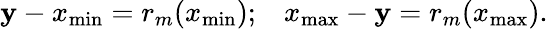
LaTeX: \mathbf{y}-x_{\operatorname*{min}}=r_{m}(x_{\operatorname*{min}});\; \; \; x_{\operatorname*{max}}-\mathbf{y}=r_{m}(x_{\operatorname*{max}}).